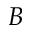
\boldsymbol { B }